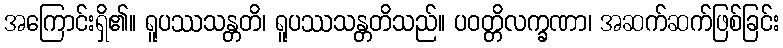
အကြောင်းရှိ၏။ ရူပဿသန္တတိ၊ ရူပဿသန္တတိသည်။ ပဝတ္တိလက္ခဏာ၊ အဆက်ဆက်ဖြစ်ခြင်း